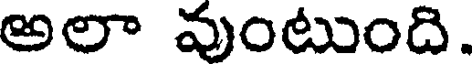
అలా వుంటుంది.